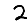
Digit: 2